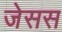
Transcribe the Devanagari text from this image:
जेसस